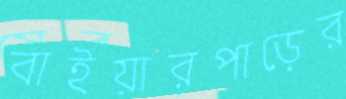
বাইয়ারপাড়ের